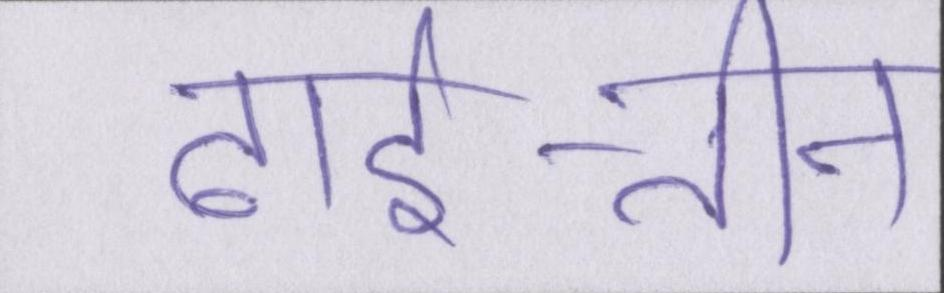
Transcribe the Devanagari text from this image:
ढाई-तीन